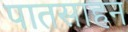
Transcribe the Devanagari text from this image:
पातसाहन